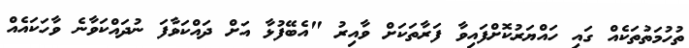
ތުހުމަތުތަކެއް ގައި ހައްޔަރުކޮށްފައިވާ ފަރާތަކަށް ވާއިރު "އެބޭފުޅާ އަށް ދައްކަވާފަ ނުދައްކަވާނެ ވާހަކައެއް